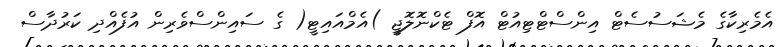
އެމެރިކާގެ މެޝަސުސެޓް އިންސްޓްޓިއުޓް އޮފް ޓެކްނޮލޮޖީ )އެމްއައިޓީ( ގެ ސައިންސްވެރިން އުފެއްދި ކަރުދާސް